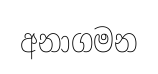
අනාගමන